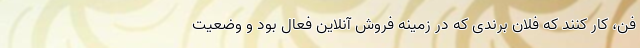
فن، کار کنند که فلان برندی که در زمینه فروش آنلاین فعال بود و وضعیتِ